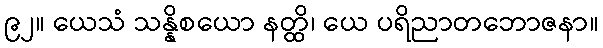
၉၂။ ယေသံ သန္နိစယော နတ္ထိ၊ ယေ ပရိညာတဘောဇနာ။